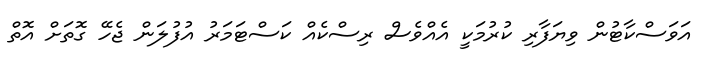
އަވަސްކާޓުން ވިޔަފާރި ކުރުމަކީ އެއްވެސް ރިސްކެއް ކަސްޓަމަރު އުފުލަން ޖެހޭ ގޮތަށް އޮތް